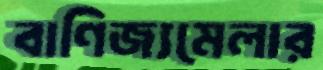
বাণিজ্যমেলার